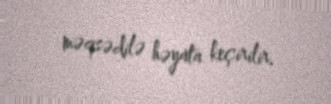
məqsədilə həyata keçirilir.